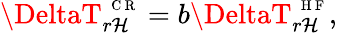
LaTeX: \DeltaT_{r\mathcal{H}}^{\mathrm{{~\scriptsize~C~R~}}}=b\DeltaT_{r\mathcal{H}}^{\mathrm{{~\scriptsize~H~F~}}},